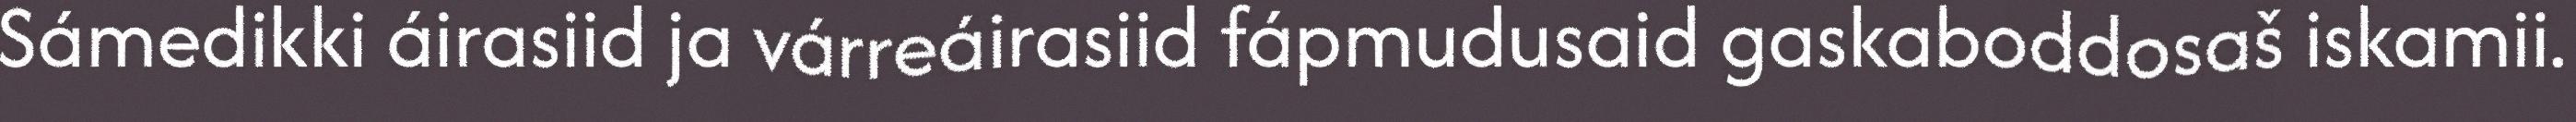
Sámedikki áirasiid ja várreáirasiid fápmudusaid gaskaboddosaš iskamii.